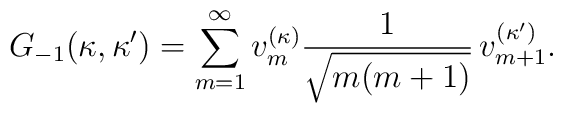
G_{-1}(\kappa,\kappa')=\sum_{m=1}^{\infty}v_{m}^{(\kappa)}\frac{1}{\sqrt{m(m+1)}}\,v_{m+1}^{(\kappa')}.